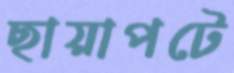
ছায়াপটে